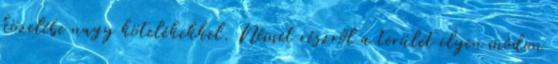
közelébe nagy kötelékekkel. Német részről a terület ilyen módon